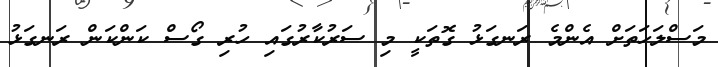
މަސްލަހަތަށް އެންމެ ރަނގަޅު ގޮތަކީ މި ސަރުކާރުގައި ހުރި ގޯސް ކަންކަން ރަނގަޅު